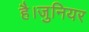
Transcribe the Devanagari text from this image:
है।जुनियर